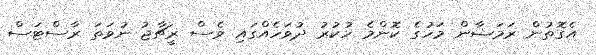
އެގޮތުން ރަމަޟާން މަހުގެ ކޮންމެ ހުކުރު ދުވަހެއްގައި ވެސް ރީޗާޖު ނުވަތަ ރާސްޓަސް